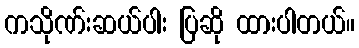
ကသိုဏ်းဆယ်ပါး ပြဆို ထားပါတယ်။